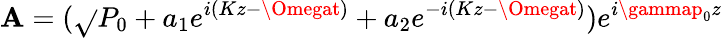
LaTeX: \mathbf{A}=(\sqrt{}{P}_{0}+a_{1}e^{i(Kz-\Omegat)}+a_{2}e^{-i(Kz-\Omegat)})e^{i\gammap_{0}z}